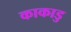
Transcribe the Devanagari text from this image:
काकाडु